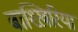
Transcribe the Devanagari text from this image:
बाश्ख़िरिया